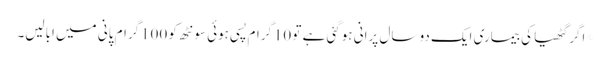
*اگر گٹھیا کی بیماری ایک دو سال پرانی ہوگئی ہے تو 10گرام پسی ہوئی سونٹھ کو 100گرام پانی میں ابالیں۔